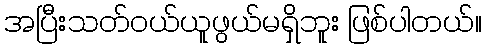
အပြီးသတ်ဝယ်ယူဖွယ်မရှိဘူး ဖြစ်ပါတယ်။